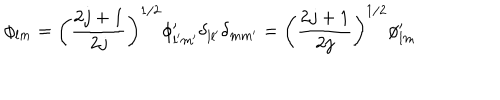
\phi _ { l m } = \left( \frac { 2 j + 1 } { 2 j } \right) ^ { 1 / 2 } \phi _ { l ^ { \prime } m ^ { \prime } } ^ { \prime } \delta _ { l l ^ { \prime } } \delta _ { m m ^ { \prime } } = \left( \frac { 2 j + 1 } { 2 j } \right) ^ { 1 / 2 } \phi _ { l m } ^ { \prime }